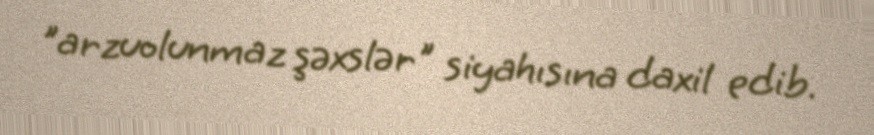
"arzuolunmaz şəxslər" siyahısına daxil edib.